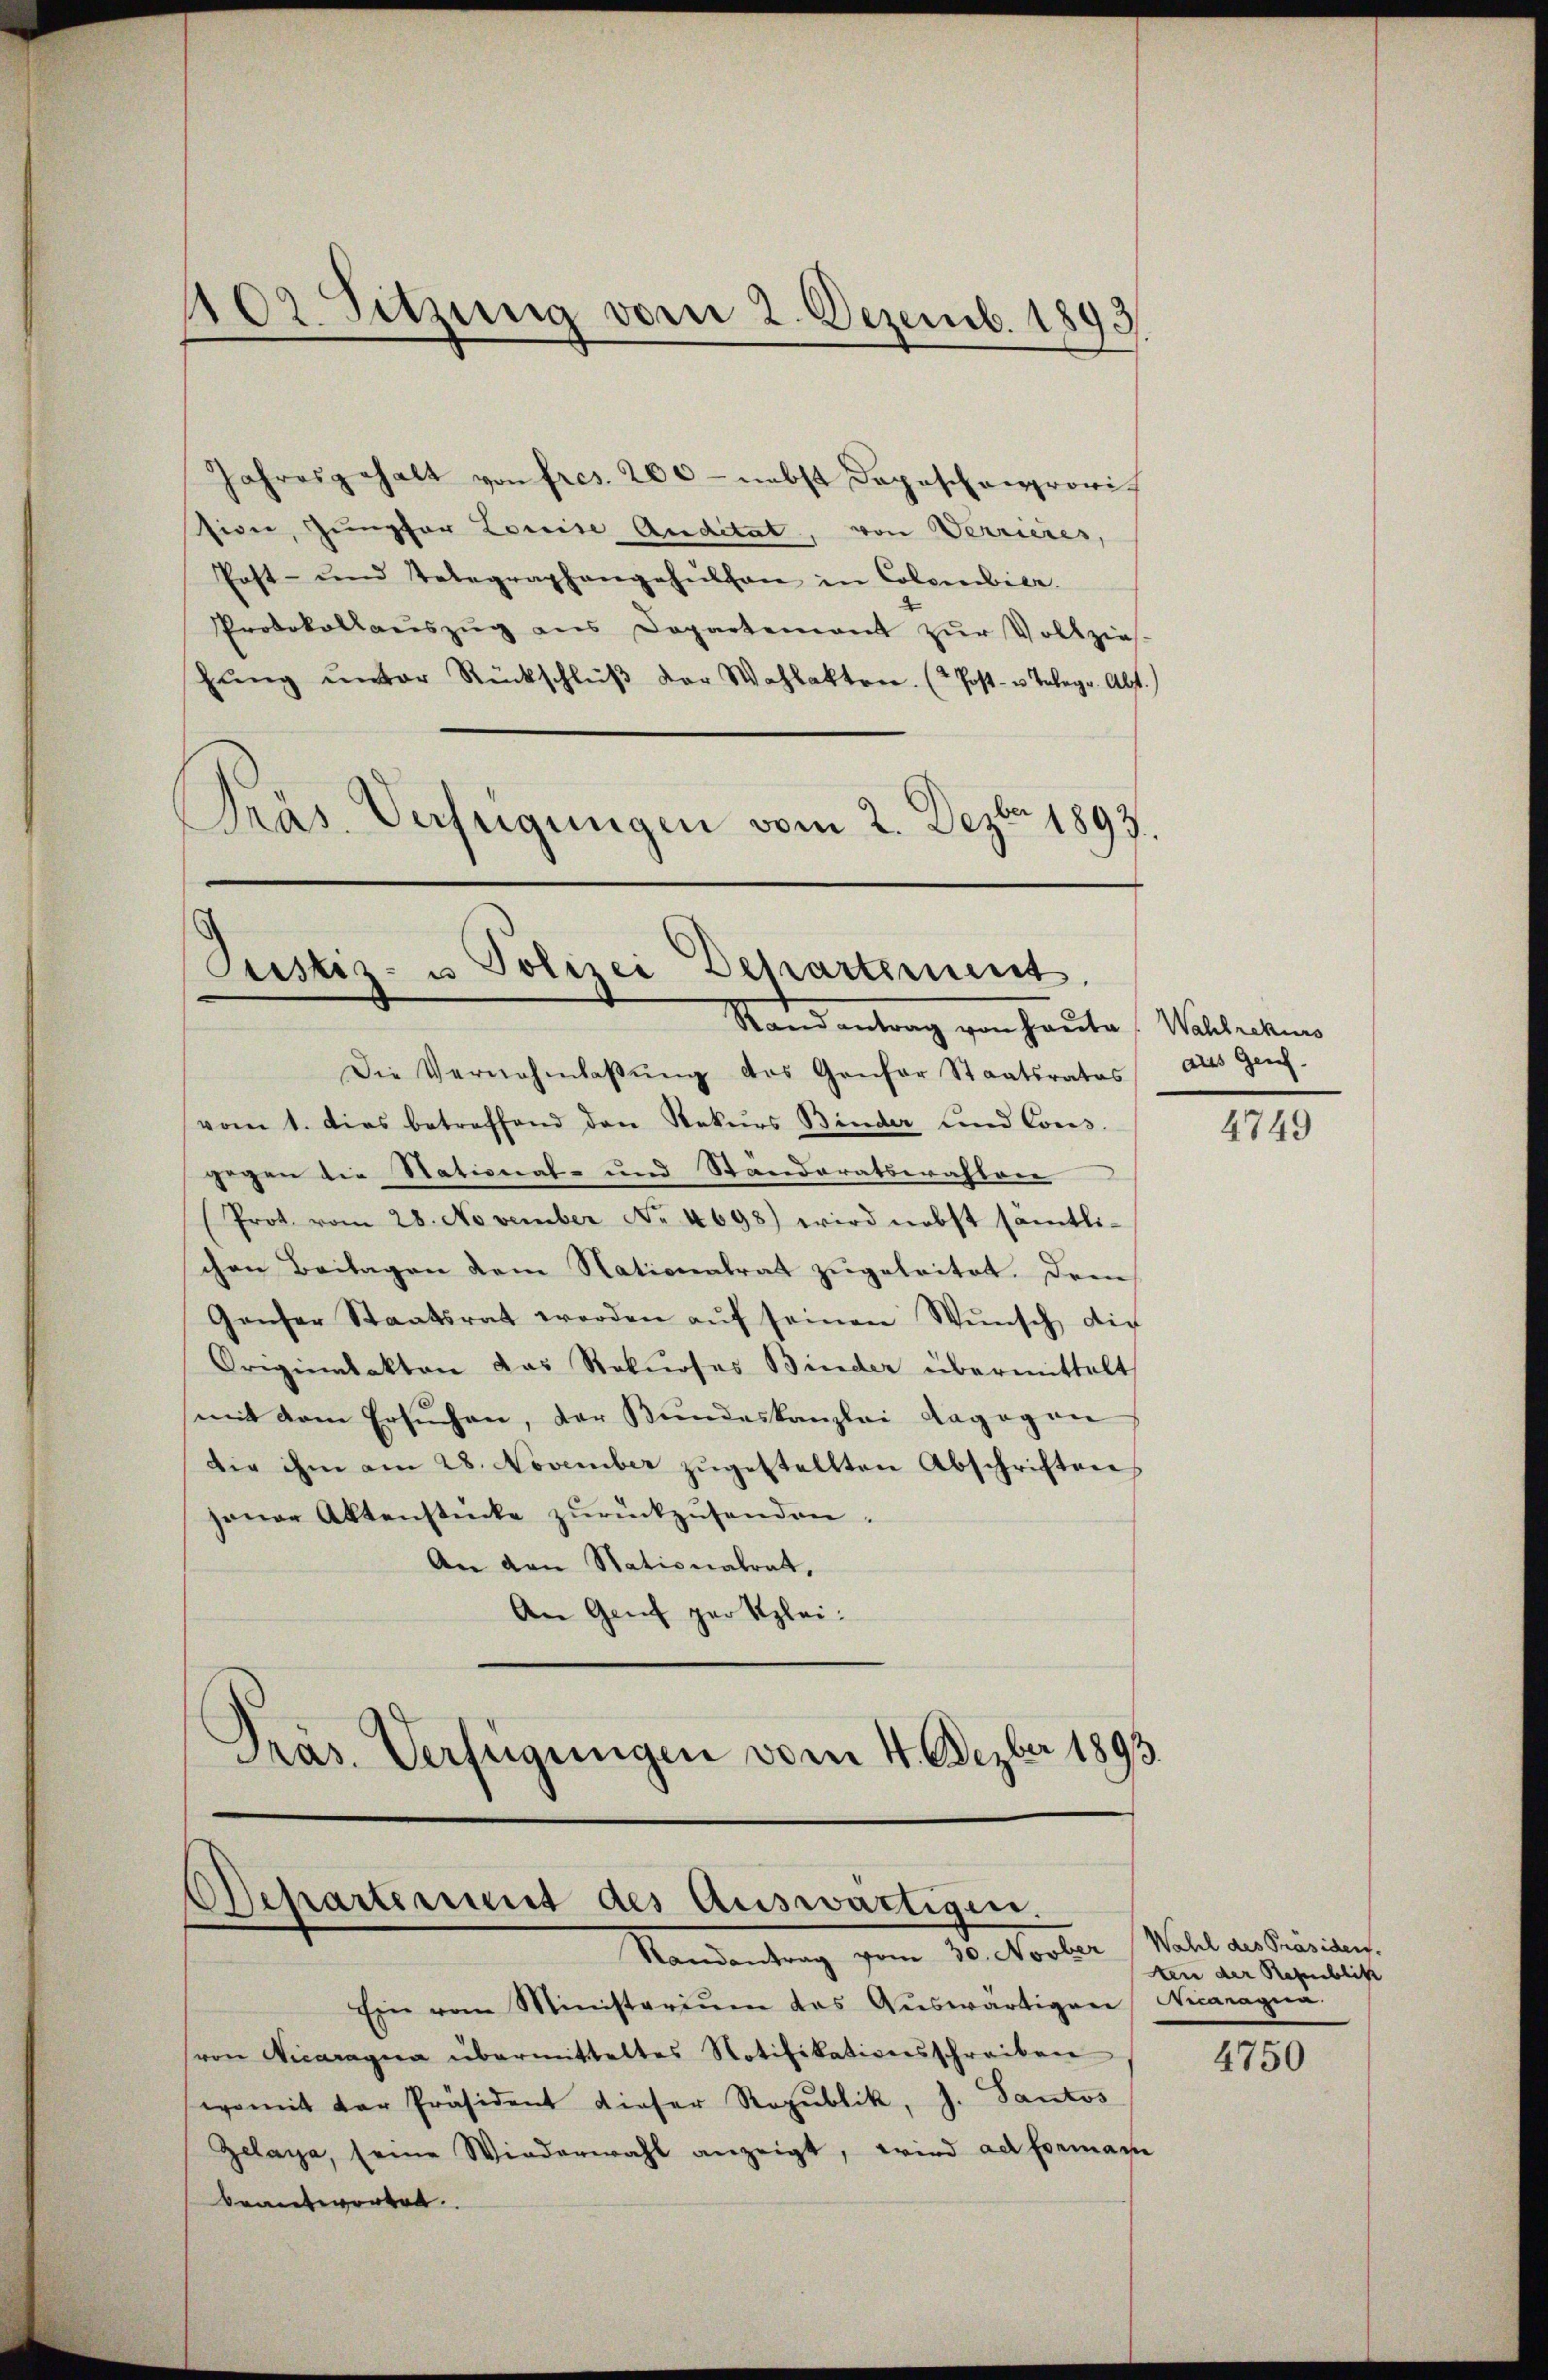
402 Sitzung vom 2. Dezemb. 1893.

8
Jahresgehalt von fres. 200 - nebst Depeschenprovisiver, Jungfer Louise Auditat, von Verrieres,
Post- und Telegraphangehnthan in Colombier
Protokollaŭszŭg ans Departement zŭr Vollzieh-
hŭng ŭnter Rückschlŭβ der Wahlakten. ( Post- u. Telegr. Abt.)
Präs. Verfügungen vom 2. Dezbr 1893.

Justiz- u Polizei Departement
Stand antrag von Haute. Wahlrekurs

Die Vernehmlaβŭng des Genfer Staatsrates als Genf.
vom 1. Dies betreffend den Rekurs Binder und Cons.
gegen die Stational- und Standoratswahlen
Prot. vom 28. November No. 4698) wird nebst samtli-
chen Beitagen dem Nationalrat zugeleitet. Dem
Genser Staatsrat werden aŭf seinen Wŭnsch die
Originalakten das Rekurses Binder übermittelt
mit dem Ersuchen, der Bundeskanzlei dagegen
die ihm am 28. November zŭgestellten Abschriften
jener Aktenstücke zŭrückzŭsenden.
An den Stationalrat,
An Genf gar klei¬
Präs. Verfügungen vom 4. Dezber 1893

)
Departement des Auswartisen.
Vandantung vom 18. Nocker Mit den bereiten

Ein vom Ministerium das Aŭswärtigen
von Vicaragua übermitteltes Notifikationsschreiben
womit der Präsident dieser Republik, J. Santos
Zelaya, seine Wiederwahl anzeigt, wird ad Formani
beantworten.

4749

ten der Republik
Acaragun

4750